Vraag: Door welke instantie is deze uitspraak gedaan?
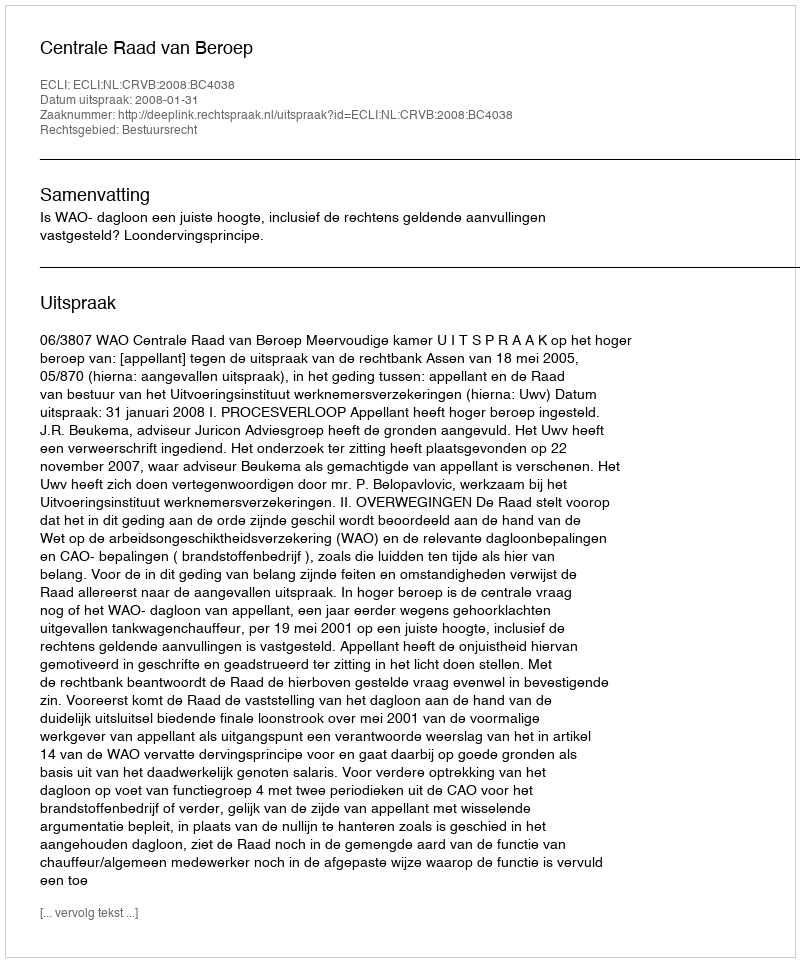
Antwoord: Centrale Raad van Beroep